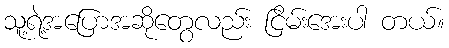
သူ့ရဲ့အပြောအဆိုတွေလည်း ငြိမ်းအေးပါ တယ်။